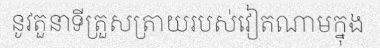
នូវតួនាទីត្រួសត្រាយរបស់វៀតណាមក្នុង